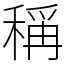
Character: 稱